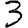
Digit: 3